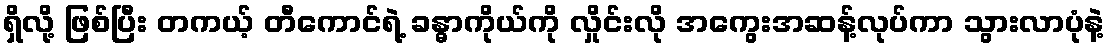
ရှိလို့ ဖြစ်ပြီး တကယ့် တီကောင်ရဲ့ ခန္ဓာကိုယ်ကို လှိုင်းလို အကွေးအဆန့်လုပ်ကာ သွားလာပုံနဲ့